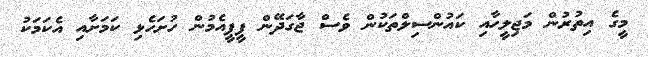
މީގެ އިތުރުން މަޖިލީހާއި ކައުންސިލްތަކުން ވެސް ޖާގަދޭން ޕީޕީއެމުން ހުށަހެޅި ކަމަށާއި އެކަމަކު